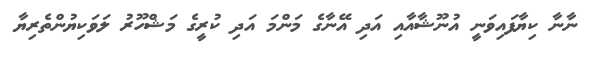
ނާނާ ކިޔާފައިވަނީ އުނޫޝާއާއި އަދި އޭނާގެ މަންމަ އަދި ކުރީގެ މަޝްހޫރު ލަވަކިޔުންތެރިޔާ